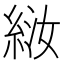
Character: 𫃤